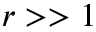
r > > 1